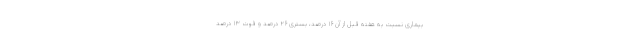
بیماری نسبت به هفته قبل از آن ۱۶ درصد، بستری ۲۶ درصد و فوت ۱۳ درصد